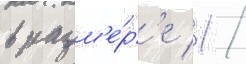
в разм'е́р'е 1 /